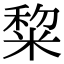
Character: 䊍